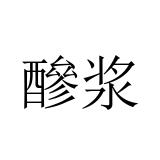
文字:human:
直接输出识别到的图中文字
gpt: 醦浆